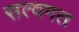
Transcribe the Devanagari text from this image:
सत्वगत